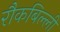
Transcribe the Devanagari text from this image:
रौकबिल्ली